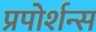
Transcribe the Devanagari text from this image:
प्रपोर्शन्स